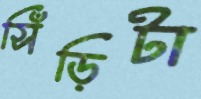
সিঁড়িটা